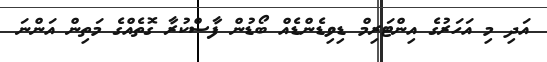
އަދި މި އަހަރުގެ އިންޓަރިމް ޑިވިޑެންޑެއް ބޯޑުން ފާސްކުރާ ގޮތެއްގެ މަތިން އަންނަ